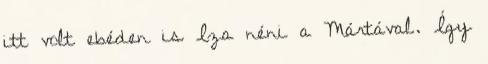
itt volt ebéden is Iza néni a Mártával. Így